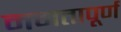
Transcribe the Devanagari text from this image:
ममतापूर्ण